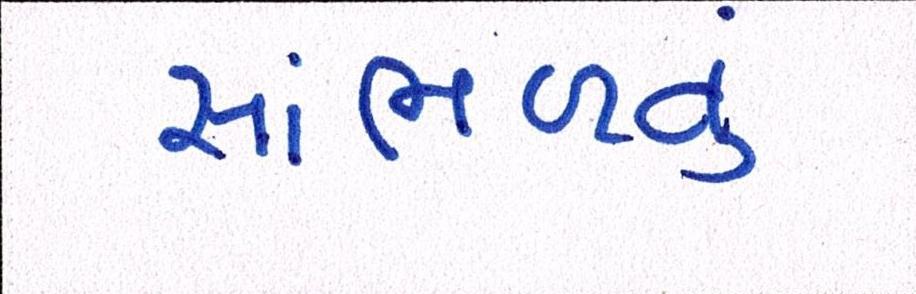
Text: સાંભળવું